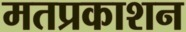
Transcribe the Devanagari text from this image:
मतप्रकाशन